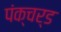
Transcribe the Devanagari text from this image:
पंक्चर्ड